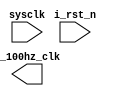
module prescaler_100(
    input sysclk,
    input i_rst_n,
    output o_100hz_clk
    );

    reg [31:0] counter = 0;
    reg r_100hz_clk = 0;

    always @(posedge sysclk or negedge i_rst_n) begin
        if(!i_rst_n)begin
            couter<=0;
        end
        else begin
            if (counter >= 60000-1) begin // 12_000_000 / 2 / 원하는주파수) -1
                counter <=0;
                r_100hz_clk <= ~r_100hz_clk;
            end
            else begin
                counter <= counter + 1;
            end
        end

    end

    assign o_1khz_clk = r_100hz_clk;

endmodule